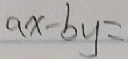
a x - b y =